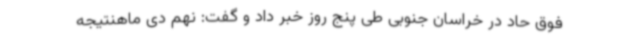
فوق حاد در خراسان جنوبی طی پنج روز خبر داد و گفت: نهم دی ماهنتیجه